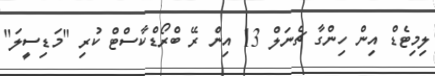
ލިމިޓެޑް އިން ހިންގާ ޗެނަލް 13 އިން ރޭ ބްރޯޑްކާސްޓް ކުރި "މަޑިސީލަ"